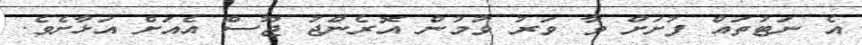
އެ ނަޓުތައް ފުށަށް ވާ ވަރު ވުމުން އޮރެންޖު ޖޫސް އެއަށް އަޅާށެވެ.